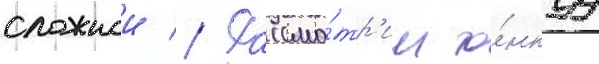
сложнои // Рассмо́тр'им то́нкуу